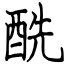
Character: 酰